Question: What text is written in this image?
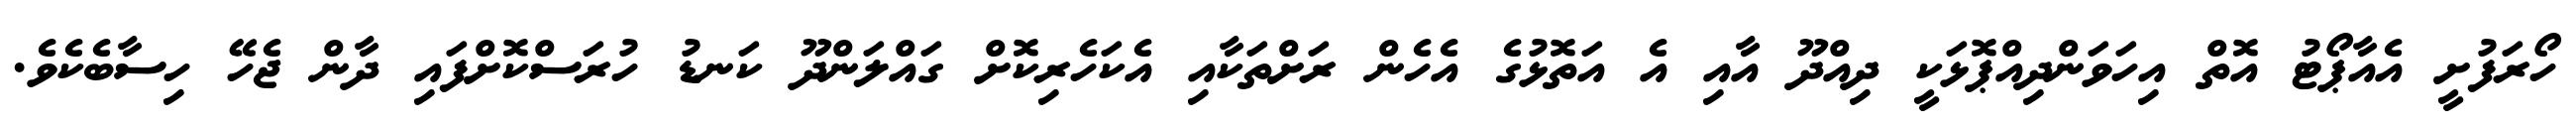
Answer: ހޯރަފުށީ އެއާޕޯޓު އޮތް އިހަވަންދިއްޕޮޅަކީ ދިއްދޫ އާއި އެ އަތޮޅުގެ އެހެން ރަށްތަކާއި އެކަހެރިކޮށް ގައްލަންދޫ ކަނޑު ހުރަސްކޮށްފައި ދާން ޖެހޭ ހިސާބެކެވެ.